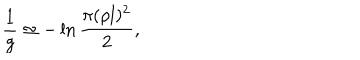
\frac { 1 } { g } \simeq - \ln \frac { \pi ( \rho l ) ^ { 2 } } { 2 } ,